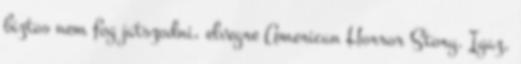
biztos nem fog jatszodni, elvegre American Horror Story. Igaz,